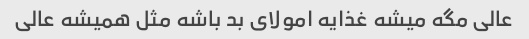
عالی مگه میشه غذایه امولای بد باشه مثل همیشه عالی